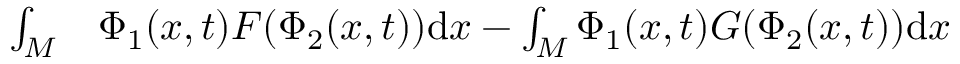
\begin{array} { r l } { \int _ { M } } & { { } \Phi _ { 1 } ( x , t ) F ( \Phi _ { 2 } ( x , t ) ) \mathrm { d } x - \int _ { M } \Phi _ { 1 } ( x , t ) G ( \Phi _ { 2 } ( x , t ) ) \mathrm { d } x } \end{array}